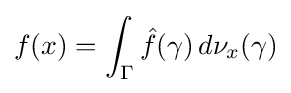
f(x)=\int _{\Gamma }{\hat {f}}(\gamma )\,d\nu _{x}(\gamma )